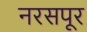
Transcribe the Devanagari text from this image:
नरसपूर